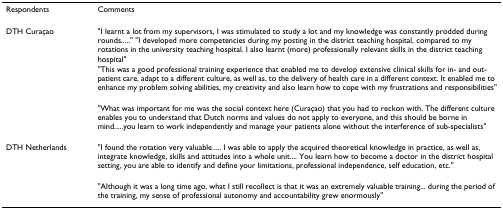
<table><thead><tr><td><b>Respondents</b></td><td><b>Comments</b></td></tr></thead><tbody><tr><td>DTH Curaçao</td><td>&quot;I learnt a lot from my supervisors, I was stimulated to study a lot and my knowledge was constantly prodded during rounds.....&quot; &quot;I developed more competencies during my posting in the district teaching hospital, compared to my rotations in the university teaching hospital. I also learnt (more) professionally relevant skills in the district teaching hospital&quot;</td></tr><tr><td></td><td>&quot;This was a good professional training experience that enabled me to develop extensive clinical skills for in- and out-patient care, adapt to a different culture, as well as, to the delivery of health care in a different context. It enabled me to enhance my problem solving abilities, my creativity and also learn how to cope with my frustrations and responsibilities&quot;</td></tr><tr><td></td><td>&quot;What was important for me was the social context here (Curaçao) that you had to reckon with. The different culture enables you to understand that Dutch norms and values do not apply to everyone, and this should be borne in mind.....you learn to work independently and manage your patients alone without the interference of sub-specialists&quot;</td></tr><tr><td>DTH Netherlands</td><td>&quot;I found the rotation very valuable..... I was able to apply the acquired theoretical knowledge in practice, as well as, integrate knowledge, skills and attitudes into a whole unit.... You learn how to become a doctor in the district hospital setting, you are able to identify and define your limitations, professional independence, self education, etc.&quot;</td></tr><tr><td></td><td>&quot;Although it was a long time ago, what I still recollect is that it was an extremely valuable training... during the period of the training, my sense of professional autonomy and accountability grew enormously&quot;</td></tr></tbody></table>